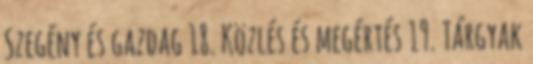
Szegény és gazdag 18. Közlés és megértés 19. Tárgyak